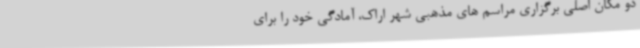
دو مکان اصلی برگزاری مراسم های مذهبی شهر اراک، آمادگی خود را برای